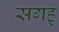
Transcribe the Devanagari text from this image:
सगह्